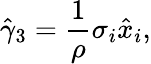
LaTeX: \hat{\gamma}_{3}=\frac{1}{\rho}\sigma_{i}\hat{x}_{i},